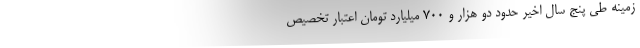
زمینه طی پنج سال اخیر حدود دو هزار و ۷۰۰ میلیارد تومان اعتبار تخصیص